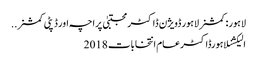
لاہور: کمشنر لاہور ڈویژن ڈاکٹر مجتبیٰ پراچہ اور ڈپٹی کمشنر ..
الیکشنلاہورڈاکٹرعام انتخابات 2018